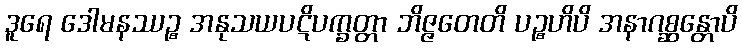
ဒူရေ ဒေါမနဿဉ္စ အနုသယပဋိပက္ခတ္တာ ဘိဇ္ဇတေတိ ပဉ္စဟိပိ အနာဂစ္ဆန္တောပိ